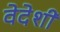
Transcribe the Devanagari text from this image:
वेदेशी